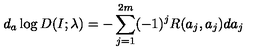
d _ { a } \log D ( I ; \lambda ) = - \sum _ { j = 1 } ^ { 2 m } ( - 1 ) ^ { j } R ( a _ { j } , a _ { j } ) d a _ { j }